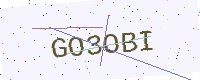
Text: GO3OBI